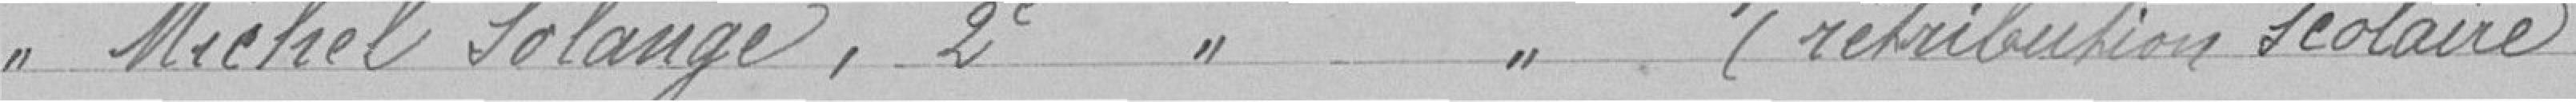
Melle MICHEL Solange, 2ème année primaire (rétribution scolaire)    99 francs